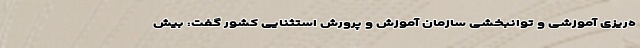
ه‌ریزی آموزشی و توانبخشی سازمان آموزش و پرورش استثنایی کشور گفت: بیش